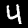
Label: 4